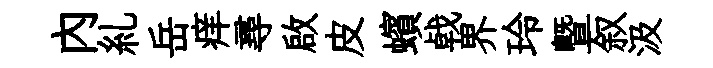
内糺岳痒尋啟皮蠙㦸界玲暨叙汲